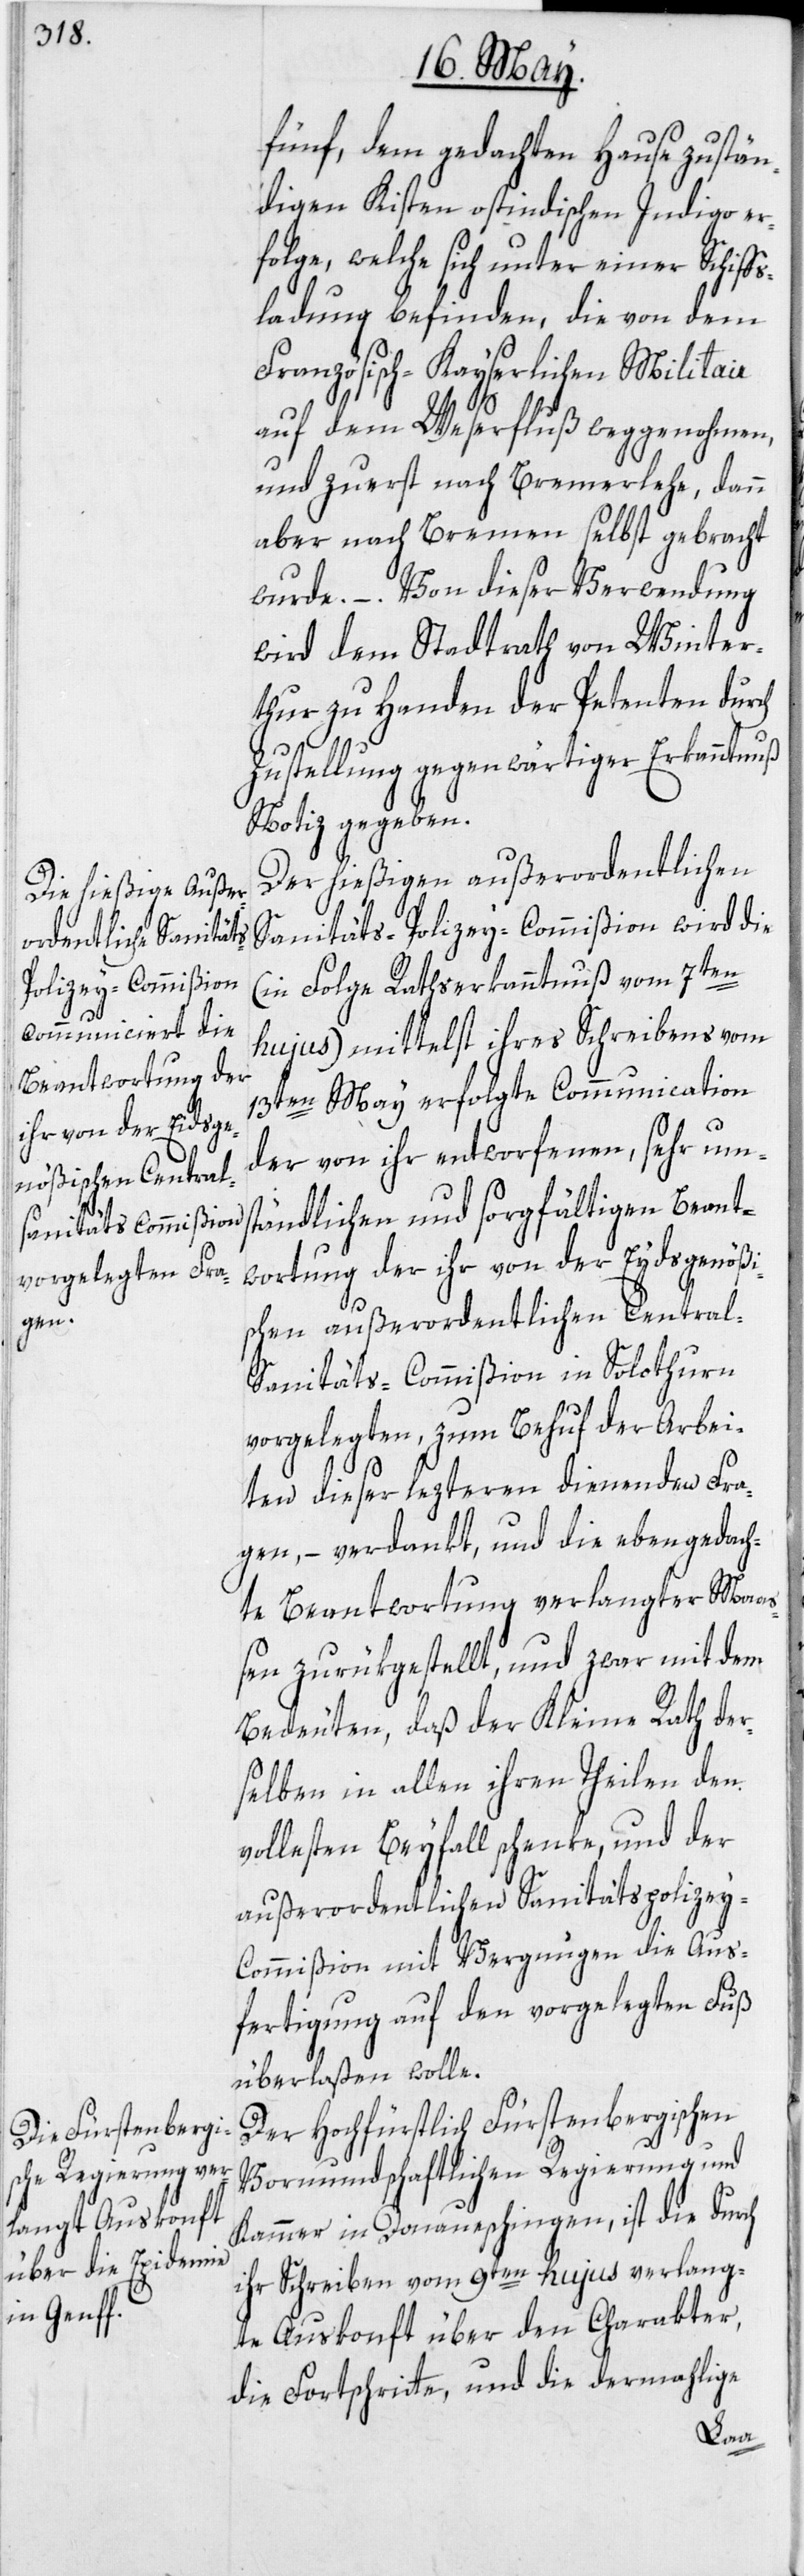
fünf, dem gedachten Hause zustän¬
digen Kisten ostindischen Indigo er¬
folge, welche sich unter einer Schiff¬
sladung befinden, die von dem
Französisch-Kayserlichen Militair
auf dem Weserfluß weggenohmen,
und zuerst nach Bremerlehe, dann
aber nach Bremen selbst gebracht
wurde. – Von dieser Verwendung
wird dem Stadtrath von Winter¬
thur zu Handen der Petenten durch
Zustellung gegenwärtiger Erkanntnuß
Notiz gegeben.
Der hießigen außerordentlichen
Sanitäts-Polizey-Commißion wird die
(in Folge Rathserkanntnuß vom 7ten
hujus) mittelst ihres Schreibens vom
13ten May erfolgte Communication
der von ihr entworfenen, sehr um¬
ständlichen und sorgfältigen Beant¬
wortung der ihr von der Eydsgenößi¬
schen außerordentlichen Centra¬
l-Sanitäts-Commißion in Solothurn
vorgelegten, zum Behuf der Arbei¬
ten dieser lezteren dienenden Fra¬
gen, – verdankt, und die ebengedach¬
te Beantwortung verlangter Maa¬
ßen zurükgestellt, und zwar mit dem
Bedeuten, daß der Kleine Rath der¬
selben in allen ihren Theilen den
vollsten Beyfall schenke, und der
außerordentlichen Sanitätspolizey-C¬
ommißion mit Vergnügen die Aus¬
fertigung auf den vorgelegten Fuß
überlaßen wolle.
Der Hochfürstlich Fürstenbergischen
Vormundschaftlichen Regierung und
Kammer in Donaueschingen, ist die durch
ihr Schreiben vom 9ten hujus verlang¬
te Auskonft über den Charakter,
die Fortschritte, und die dermahlige